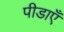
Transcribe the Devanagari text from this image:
पीडाएँ